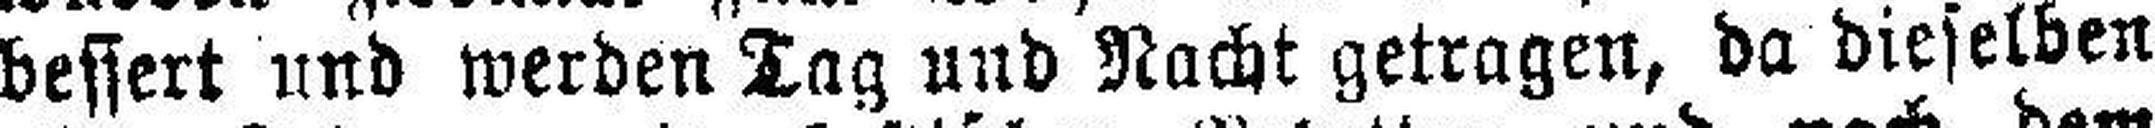
bessert und werden Tag und Nacht getragen, da dieselben